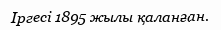
Іргесі 1895 жылы қаланған.